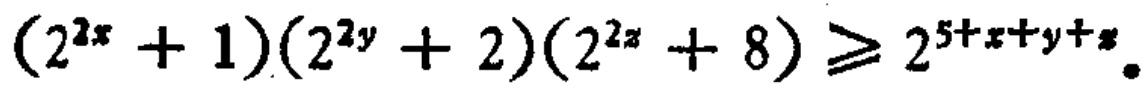
\((2^{2x}+1)(2^{2y}+2)(2^{2z}+8)\geqslant 2^{5 + x + y+z}\)